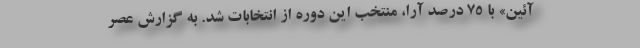
آئین» با ۷۵ درصد آرا، منتخب این دوره از انتخابات شد. به گزارش عصر